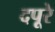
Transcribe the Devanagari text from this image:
दपूरे